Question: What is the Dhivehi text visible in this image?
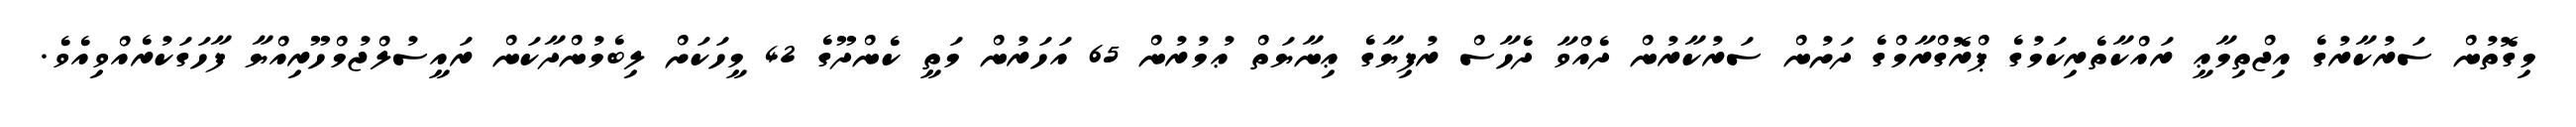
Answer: މިގޮތުން ސަރުކާރުގެ އިޖްތިމާޢީ ރައްކާތެރިކަމުގެ ޕްރޮގްރާމްގެ ދަށުން ސަރުކާރުން ދެއްވާ ދެހާސް ރުފިޔާގެ ޢިނާޔަތް ޢުމުރުން 65 އަހަރުން މަތީ ކެންދޫގެ 42 މީހަކަށް ލިބެމުންދާކަން ރައީސުލްޖުމްހޫރިއްޔާ ފާހަގަކުރެއްވިއެވެ.